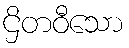
ဌိတဝီသော